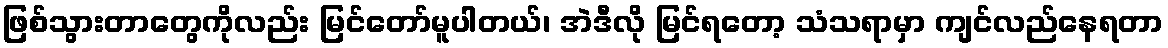
ဖြစ်သွားတာတွေကိုလည်း မြင်တော်မူပါတယ်၊ အဲဒီလို မြင်ရတော့ သံသရာမှာ ကျင်လည်နေရတာ